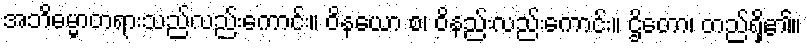
အဘိဓမ္မာတရားသည်လည်းကောင်း။ ဝိနယော စ၊ ဝိနည်းလည်းကောင်း။ ဌိတော၊ တည်ရှိ၏။